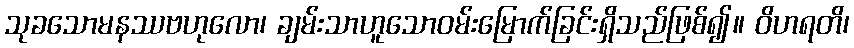
သုခသောမနဿဗဟုလော၊ ချမ်းသာဟူသောဝမ်းမြောက်ခြင်းရှိသည်ဖြစ်၍။ ဝိဟရတိ၊